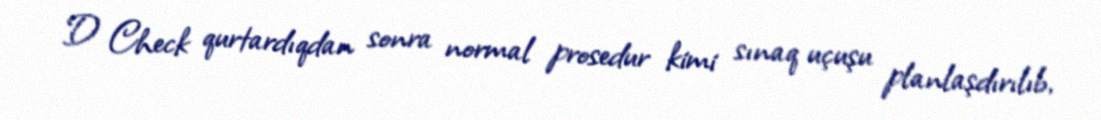
D Check qurtardıqdan sonra normal prosedur kimi sınaq uçuşu planlaşdırılıb,